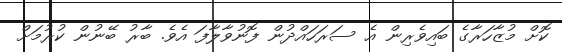
ކޮށް މުޒާހަރާގެ ބައިވެރިން އެ ސަރަހައްދުން ފޮނުވާލާފަ އެވެ. ބާރު ބޭނުން ކުރުމަށް